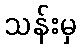
သန်းမှ